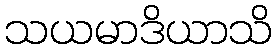
သယမာဒိယာသိ